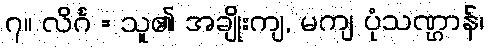
၇။ လိင်္ဂ = သူ၏ အချိုးကျ, မကျ ပုံသဏ္ဌာန်၊